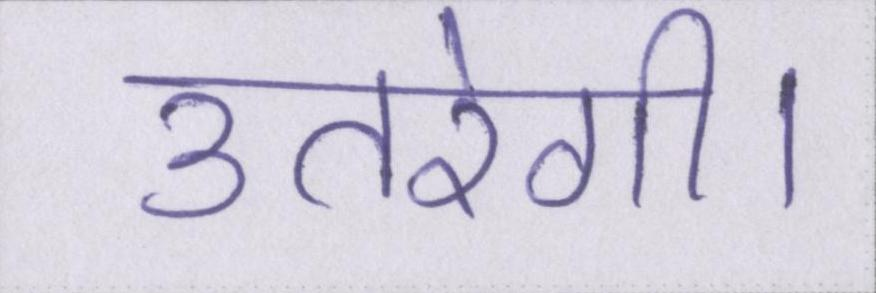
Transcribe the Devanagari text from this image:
उतरेगी।